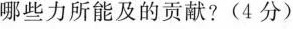
哪些力所能及的贡献?(4分)